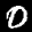
Label: 0